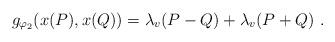
LaTeX: \begin{align*}g_{\varphi_2}(x(P), x(Q)) = \lambda_v (P-Q) + \lambda_v (P+Q)\ .\end{align*}